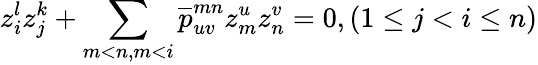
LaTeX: z_{i}^{l}z_{j}^{k}+\sum_{m<n,m<i}\overline{{{p}}}_{uv}^{mn}z_{m}^{u}z_{n}^{v}=0,(1\leq j<i\leq n)